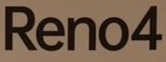
Reno4